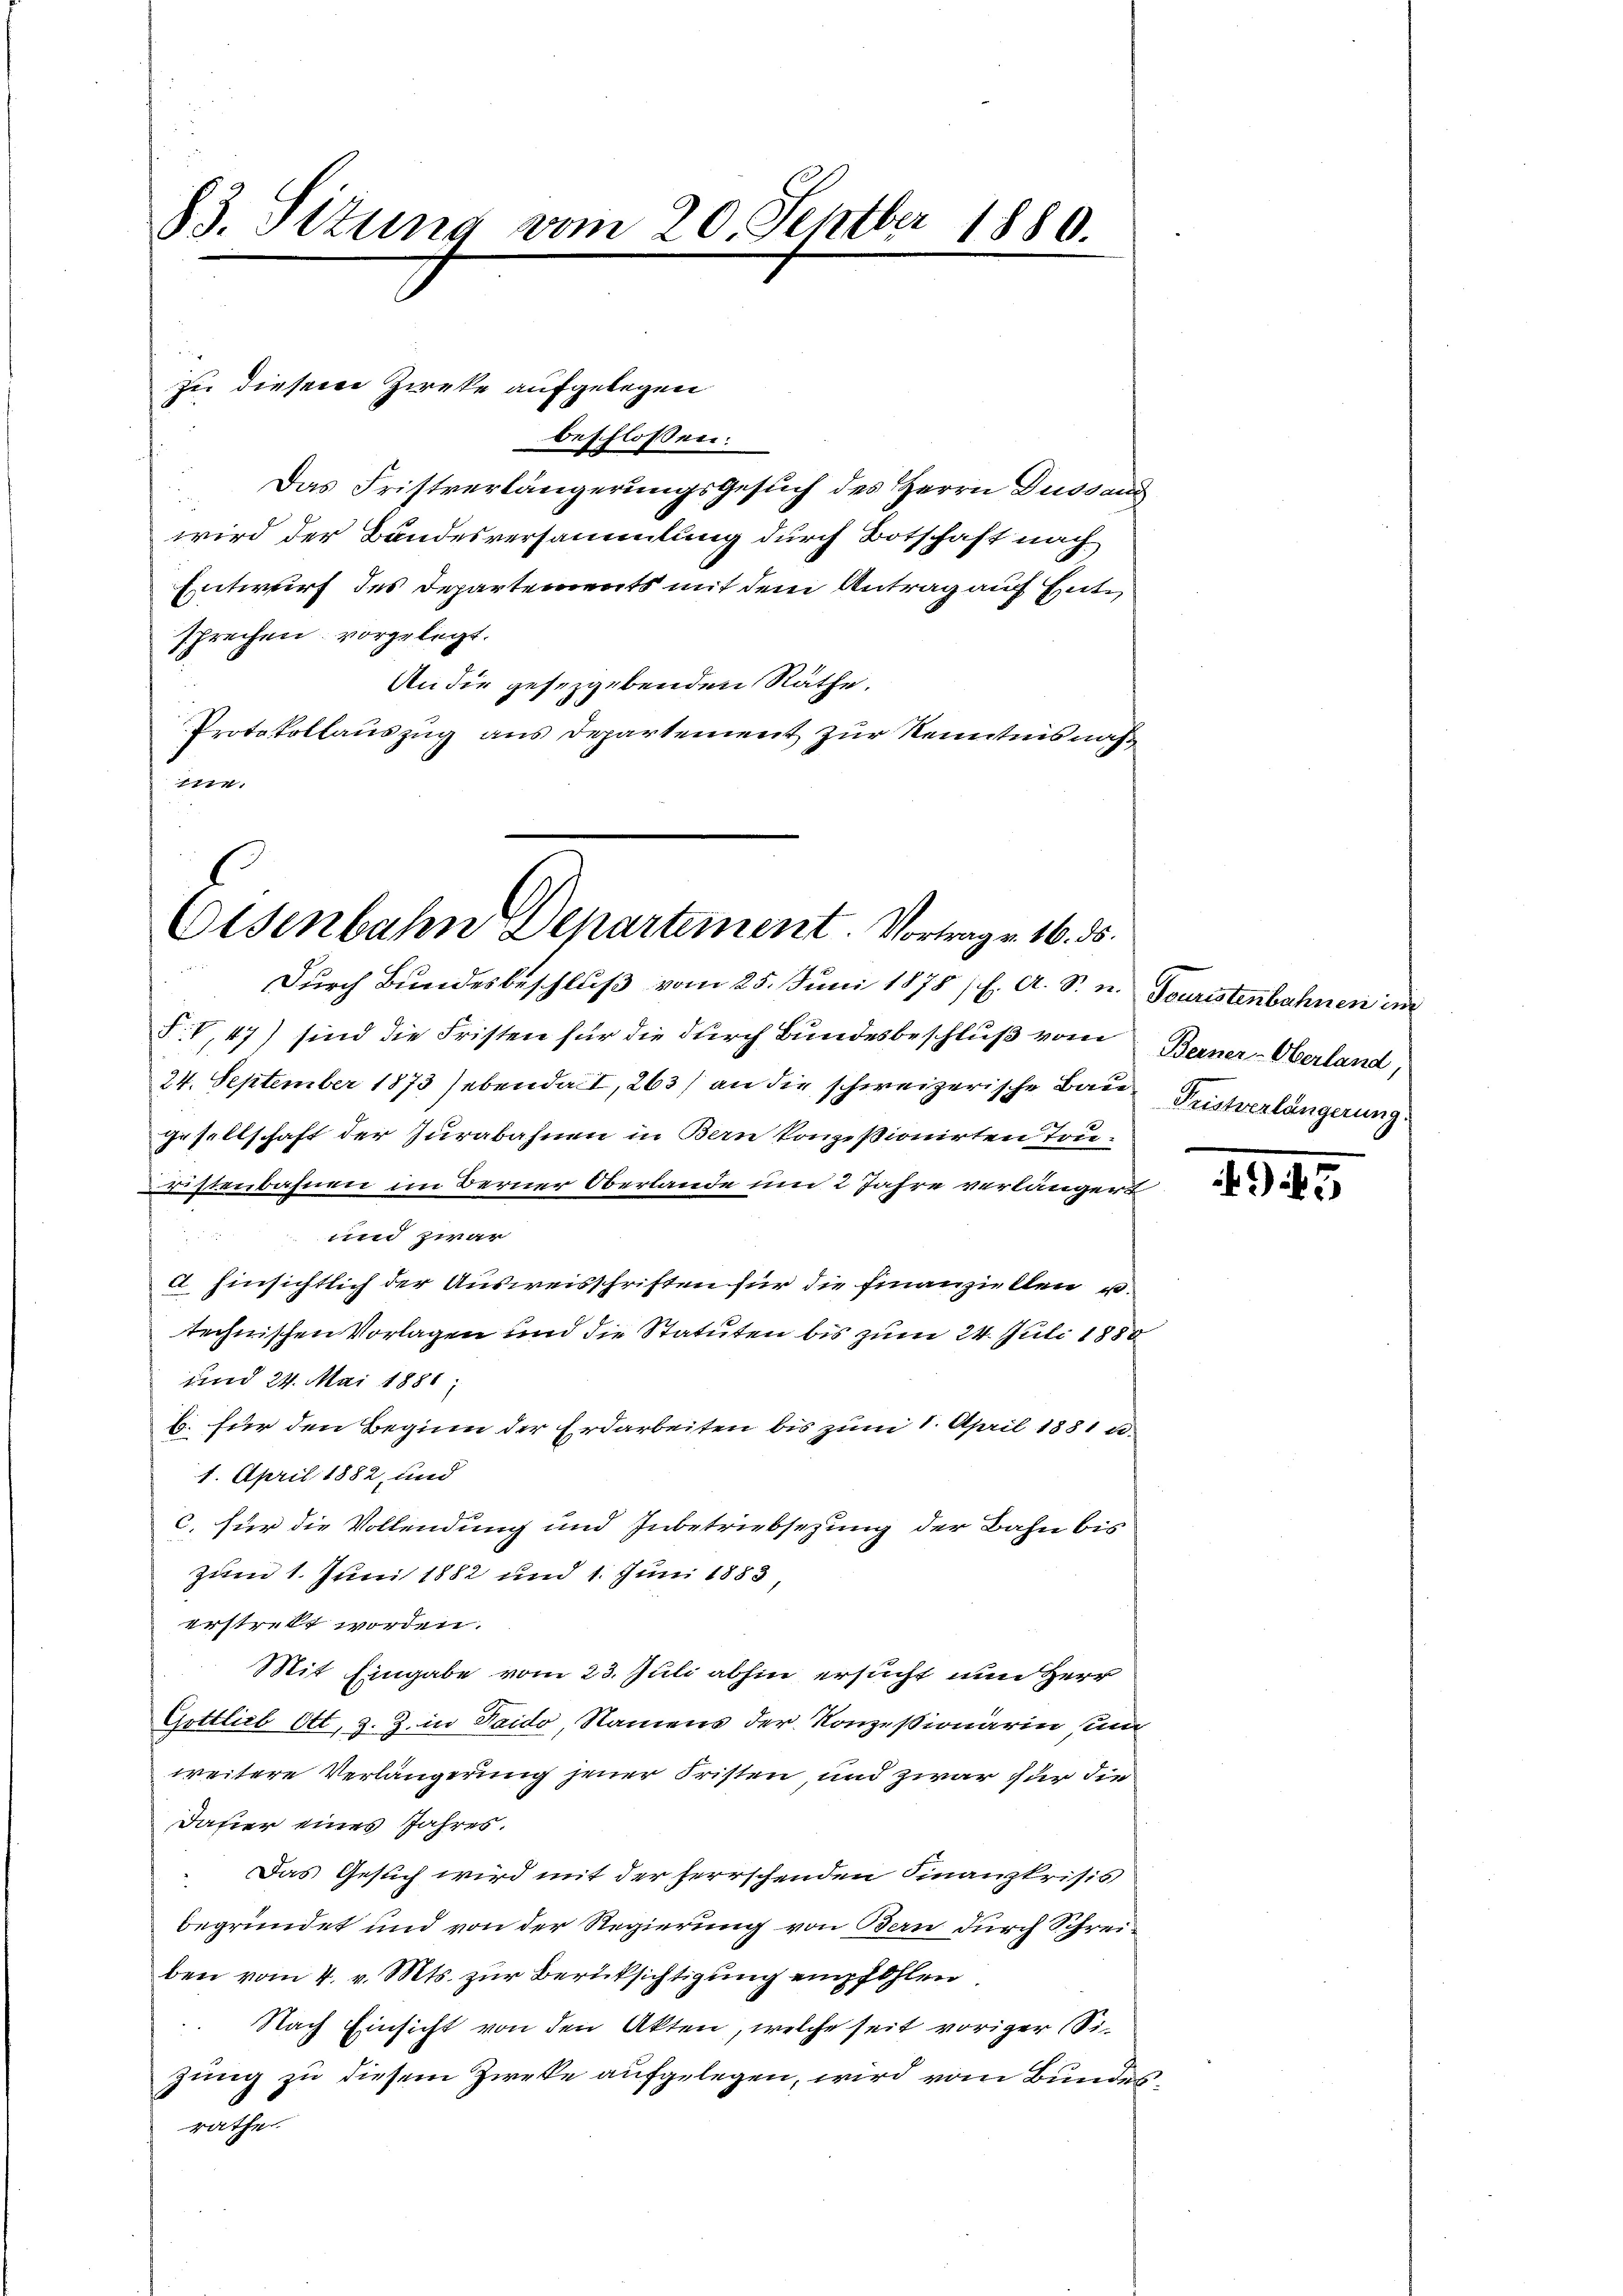
83. Situng vom 20. Septber 1880.

beschlossen:
 Das Fristverlängerungsgesuch des Herrn Dussaus
wird der Bandesversammlung durch Botschaft nach
Entwurf des Departements mit dem Antrag auf Entsprechen vorgelegt.
An die gesetzgebenden Räthe.
Protokollauszug aus Departement zur Kenntnisnahtie.

zu diesem Zieke aufgelegen

Eisenbahn Departement. Vortragen 16. ds.

Durch Bundesbeschluß vom 25. Juni 1878 f. A. S. u. Touristenbahnen in
F.V,47) sind die Fristen für die durch Bundesbeschluß vom Berner-Oberland,
24. September 1873 ebendant, 263) an die schweizerische Bau Fristverlängerung
Gesellschaft der Jurabahnen in Bern konzessionirten Tou-
Fristenbahnen im Berner Oberlande um 2 Jahre verlängert
und zwar
u
a hinsichtlich der Ausweisschriften für die Finanziellen u.
technischen Vorlagen und die Statuten bis zum 24. Juli 1888
und 24. Mai 1881
b. für den Beginn der Erdarbeiten bis zum 1. April 1881 u.
1. April 1882, und
C. für die Vollendung und Inbetriebsezung der Bahn bis
Zum 1. Juni 1882 und 1. Juni 1883,
erstrebt worden.
Mit Eingabe vom 23. Juli abhin ersucht um Herr
Gottlieb Ott, 3. Z. in Haido, Namens der Konzessionärin sei
weitere Verlängerung jener Fristen, und zwar für die
dahier eines Jahres.
 Das Gesuch wird mit der herrschenden Finanzkrisis
begründet und von der Regierung von Bern durch Schreiben vom 4. v. Mts. zur Berücksichtigung empfohlen
 Nach Einsicht von den Akten, welche seit voriger Sizung zu diesem Zwecke aufgelegen, wird vom Bundesnicht

945